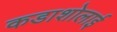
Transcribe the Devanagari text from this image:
कडाशोलाई